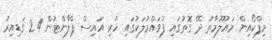
މިފްކޯއިން މައުލޫމާތު ދޭ ގޮތުގައި ފުވައްމުލަކުގައި ހުރި އައިސް ޕްލާންޓުން 24 ގަޑިއިރު